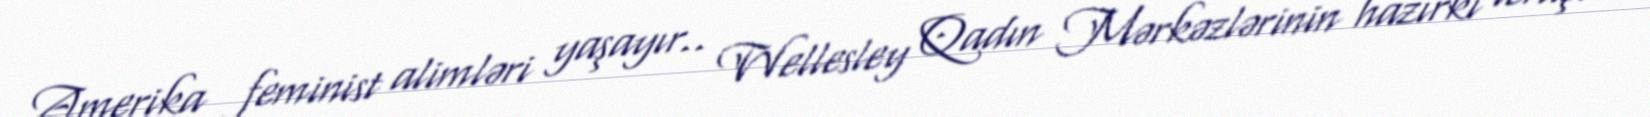
Amerika feminist alimləri yaşayır.. Wellesley Qadın Mərkəzlərinin hazırkı icraçı